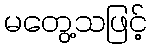
မတွေ့သဖြင့်